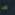
عن